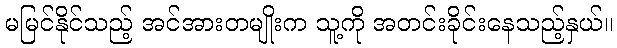
မမြင်နိုင်သည့် အင်အားတမျိုးက သူ့ကို အတင်းခိုင်းနေသည့်နှယ်။